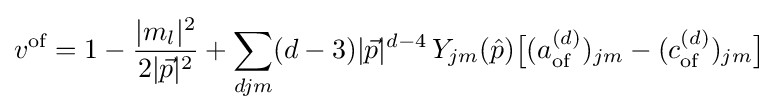
v^{\text{of}}=1-{\frac {|m_{l}|^{2}}{2|{\vec {p}}|^{2}}}+\sum _{djm}(d-3)|{\vec {p}}|^{d-4}\,Y_{jm}({\hat {p}}){\big [}(a_{\text{of}}^{(d)})_{jm}-(c_{\text{of}}^{(d)})_{jm}{\big ]}